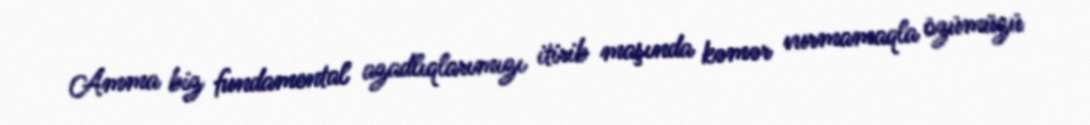
Amma biz fundamental azadlıqlarımızı itirib maşında kəmər vurmamaqla özümüzü